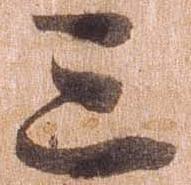
三